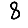
Digit: 8